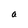
Character: a